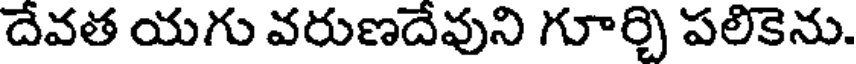
దేవత యగు వరుణదేవుని గూర్చి పలికెను.